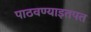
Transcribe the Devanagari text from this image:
पाठवण्याइतपत